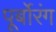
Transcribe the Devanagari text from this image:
पूर्बोरंग